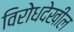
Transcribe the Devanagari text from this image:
विरोधदेखील